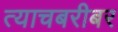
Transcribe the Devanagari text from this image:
त्याचबरीबर